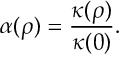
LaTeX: \alpha ( \rho ) = \frac { \kappa ( \rho ) } { \kappa ( 0 ) } .